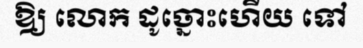
ឱ្យ លោក ដូច្នោះហើយ ទៅ